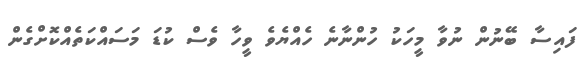
ފައިސާ ބޭނުން ނުވާ މީހަކު ހުންނާނެ ހެއްޔެވެ ވީހާ ވެސް ކުޑަ މަސައްކަތެއްކޮށްގެން